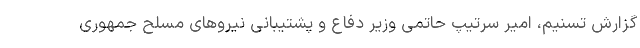
گزارش تسنیم، امیر سرتیپ حاتمی وزیر دفاع و پشتیبانی نیروهای مسلح جمهوری